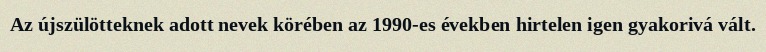
Az újszülötteknek adott nevek körében az 1990-es években hirtelen igen gyakorivá vált.